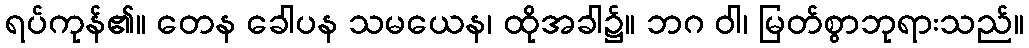
ရပ်ကုန်၏။ တေန ခေါပန သမယေန၊ ထိုအခါ၌။ ဘဂ ဝါ၊ မြတ်စွာဘုရားသည်။